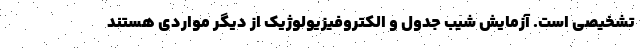
تشخیصی است. آزمایش شیب جدول و الکتروفیزیولوژیک از دیگر مواردی هستند